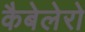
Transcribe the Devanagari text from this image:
कैबेलेरो